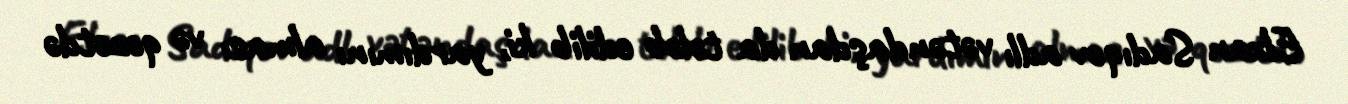
Elxan Sadıqov adlı vətəndaşdan da tələb edilib ki, yardımını alması və qəzetdə